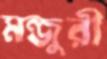
মন্জুরী